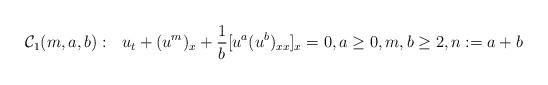
LaTeX: \begin{align*}{\cal C}_{1}(m,a,b):~~ u_{t} +(u^m)_{x} + \frac{1}{b}[u^{a}(u^{b})_{xx}]_{x}=0,a\geq0,m,b\geq2,n:=a+b\end{align*}